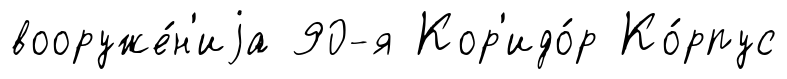
вооруже́н'иjа 90-я Кор'идо́р Ко́рпус